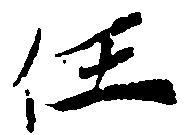
任